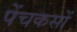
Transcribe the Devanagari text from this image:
पेंचकसों